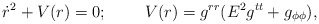
\begin{align*}\dot{r}^2+V(r)=0;\;\;\;\;\;\;\;\;V(r)=g^{rr}(E^2g^{tt}+g_{\phi\phi}),\end{align*}